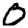
Digit: 0